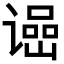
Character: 𬤠